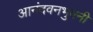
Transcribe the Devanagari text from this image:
आनंदवनभुवनी